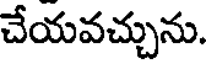
చేయవచ్చును.